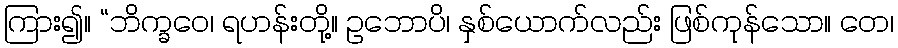
ကြား၍။ “ဘိက္ခဝေ၊ ရဟန်းတို့။ ဥဘောပိ၊ နှစ်ယောက်လည်း ဖြစ်ကုန်သော။ တေ၊